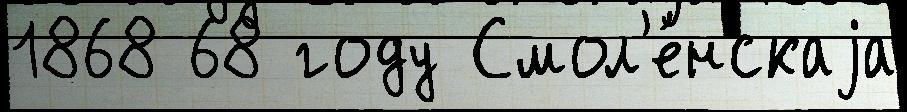
1868 68 году Смол'е́нскаjа